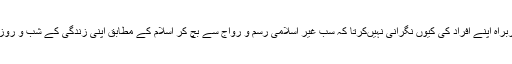
گھر کا سربراہ اپنے افراد کی کیوں نگرانی نہیںکرتا کہ سب غیر اسلامی رسم و رواج سے بچ کر اسلام کے مطابق اپنی زندگی کے شب و روز گزاریں ۔